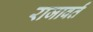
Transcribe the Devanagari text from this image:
राजावर्तं